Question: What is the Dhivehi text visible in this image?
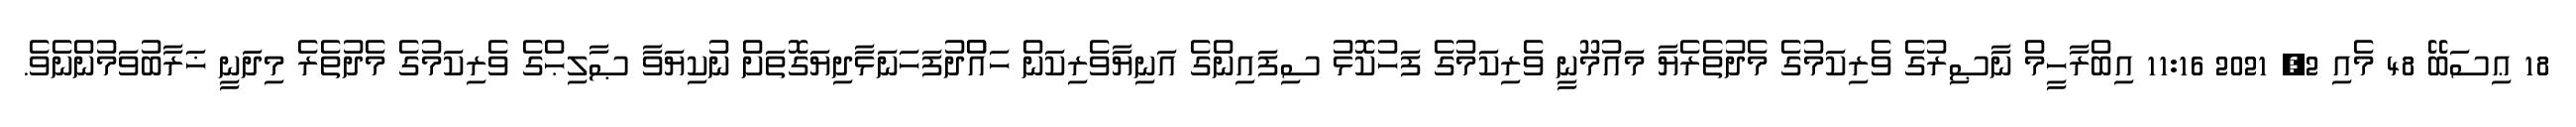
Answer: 18 ޢިސަބޭ 48 މެއި 2, 2021 11:16 އިބްރާހީމް ނާޞިރުގެ ވެރިކަމުގެ މެދުތެރެޔާ މައުމޫނީ ވެރިކަމުގެ ފަހުކޮޅު ސިފައިންގެ އަނިޔާވެރިކަން ހައްުދުފަހަނަޅާދިޔަގޮތަށް ނުކިޔަވާ ޞާލިޙްގެ ވެރިކަމުގެ މެދުތެރެ މިދަނީ ޚަރާބުވަމުންނެވެ.